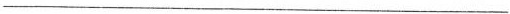
___